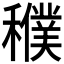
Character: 𥣜